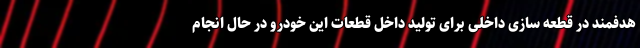
هدفمند در قطعه سازی داخلی برای تولید داخل قطعات این خودرو در حال انجام